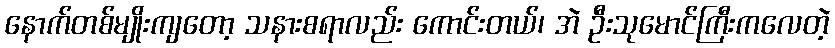
နောက်တစ်မျိုးကျတော့ သနားစရာလည်း ကောင်းတယ်၊ အဲ ဦးသုမောင်ကြီးကလေတဲ့